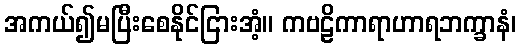
အကယ်၍မပြီးစေနိုင်ငြားအံ့။ ကဗဠိကာရာဟာရဘက္ခာနံ၊